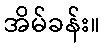
အိမ်ခန်း။